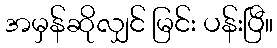
အမှန်ဆိုလျှင် မြင်း ပန်းပြီ။